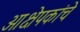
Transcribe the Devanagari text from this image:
आक्षेपकांचे